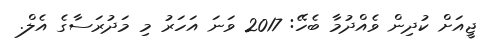
ޖީއަށް ކުދިން ވެއްދުމާ ބެހޭ: 2017 ވަނަ އަހަރު މި މަދުރަސާގެ އެލް.